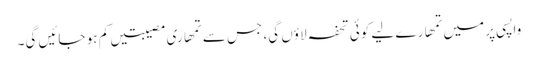
واپسی پر میں تمھارے لیے کوئی تحفہ لاؤں گی، جس سے تمھاری مصیبتیں کم ہو جائیں گی۔